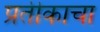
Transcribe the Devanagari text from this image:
प्रतीकाचा